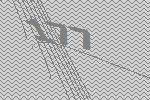
177